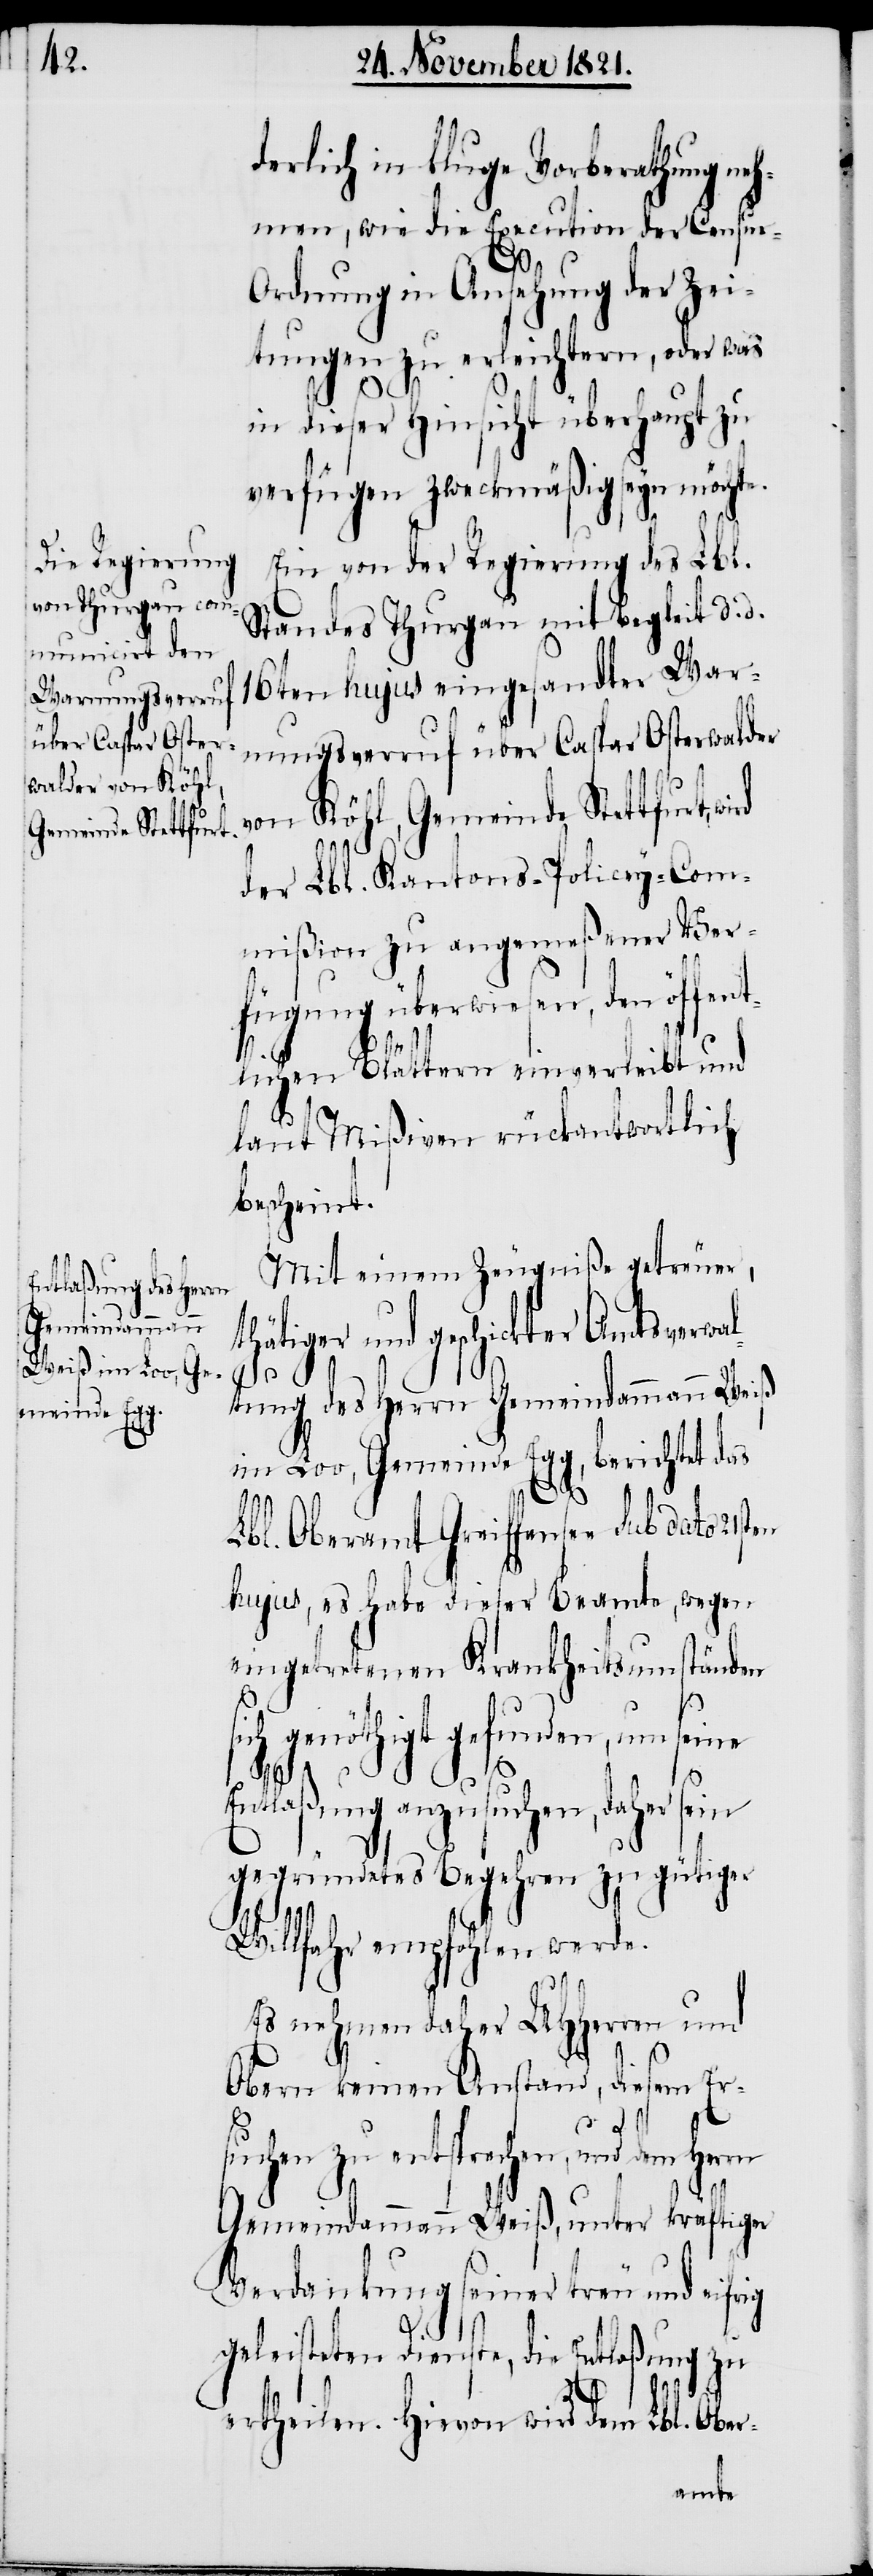
derlich in kluge Vorberathung neh¬
men, wie die Execution der Censur-O¬
rdnung in Ansehung der Zei¬
tungen zu erleichtern, oder was
in dieser Hinsicht überhaupt zu
verfügen zweckmäßig seyn möchte.
Ein von der Regierung des Lbl.
Standes Thurgau mit Begleit d. d.
16ten hujus eingesandter War¬
nungsverruf über Caspar Osterwalder
von Köhl, Gemeinde Stettfurt,
der Lbl. Kantons-Policey-Com¬
mißion zu angemeßener Ver¬
fügung überwiesen, den öffent¬
lichen Blättern einverleibt und
laut Mißiven rückantwortlich
bescheint.
Mit einem Zeugniß getreuer,
thätiger und geschickter Amtsverwa¬
ltung des Herrn Gemeindammann Weiß
im Loo, Gemeinde Egg, berichtet das
Lbl. Oberamt Greiffensee sub dato
hujus, es habe dieser Beamte, wegen
eingetretenen Krankheitsumständen
sich genöthigt gefunden, um seine
Entlaßung anzusuchen, daher sein
gegründetes Begehren zu gütiger
Willfahr empfohlen werde.
Es nehmen daher UHHerren und
Obern keinen Anstand, diesem Er¬
suchen zu entsprechen, und dem
Gemeindammann Weiß, unter kräftiger
Verdankung seiner treu und eifrig
geleisteten Dienste, die Entlaßung zu
ertheilen. Hievon wird dem Lbl. Ober-